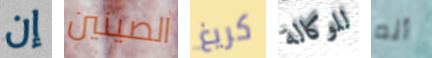
إن الصينين كريغ للوكالة أنه